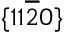
\{ 1 1 \overline { { 2 } } 0 \}